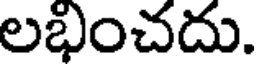
లభించదు.